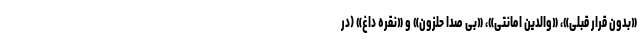
«بدون قرار قبلی»، «والدین امانتی»، «بی صدا حلزون» و «نقره داغ» (در